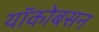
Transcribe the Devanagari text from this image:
यॉकोबसन